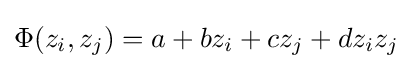
\Phi (z_{i},z_{j})=a+bz_{i}+cz_{j}+dz_{i}z_{j}